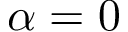
\alpha = 0